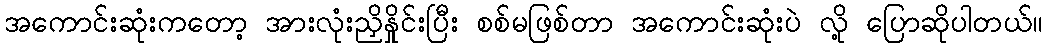
အကောင်းဆုံးကတော့ အားလုံးညှိနှိုင်းပြီး စစ်မဖြစ်တာ အကောင်းဆုံးပဲ လို့ ပြောဆိုပါတယ်။